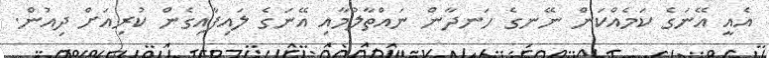
އެއީ އޭނަގެ ކަމެއްކަން ނޭނގެ ހަނދާން ނައްތާލުމާއި އޭނަގެ ލައިފާއިގެން ކުރިއަށް ދިއުން.